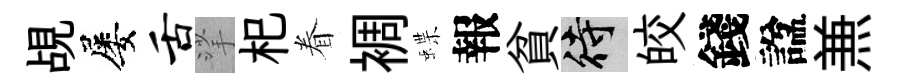
覘屡舌挲𣏌眷裯蝶報貧待皎錢諡𠔥